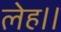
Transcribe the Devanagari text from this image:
लेह।।